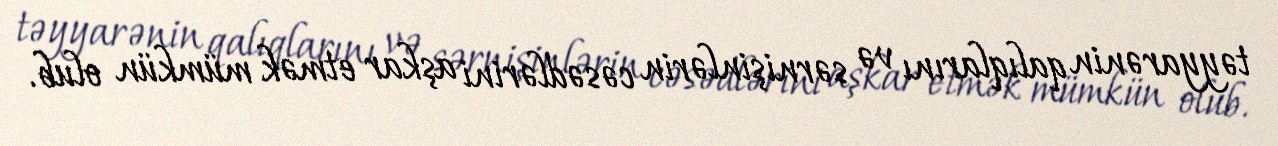
təyyarənin qalıqlarını və sərnişinlərin cəsədlərini aşkar etmək mümkün olub.